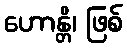
ဟောန္တိ၊ ဖြစ်